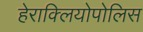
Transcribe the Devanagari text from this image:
हेराक्लियोपोलिस